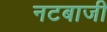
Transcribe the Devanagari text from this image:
नटबाजी